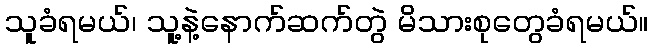
သူခံရမယ်၊ သူ့နဲ့နောက်ဆက်တွဲ မိသားစုတွေခံရမယ်။